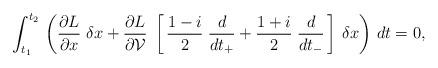
LaTeX: \begin{align*}\int_{t_1}^{t_2}\, \left( \frac{\partial L}{\partial x} \; \delta x +\frac{\partial L}{\partial {\cal V} }\; \left[ \, \frac{1-i}{2} \; \frac{d}{dt_{+}} + \frac{1+i}{2} \; \frac{d}{dt_{-}}\,\right] \, \delta x \right) \, dt = 0,\end{align*}